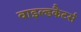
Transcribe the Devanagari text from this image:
वाइल्डकैटर्स